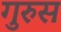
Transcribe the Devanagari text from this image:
गुरुस